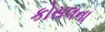
કોસલના